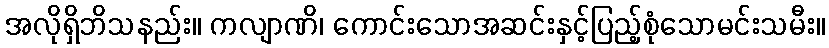
အလိုရှိဘိသနည်း။ ကလျာဏိ၊ ကောင်းသောအဆင်းနှင့်ပြည့်စုံသောမင်းသမီး။